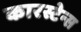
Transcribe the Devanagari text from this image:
कारस्टेन्स